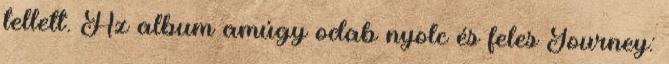
tellett. Az album amúgy odab nyolc és feles Journey: